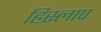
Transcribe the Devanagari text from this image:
हिस्लाप